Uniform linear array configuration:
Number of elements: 12
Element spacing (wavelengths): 0.25
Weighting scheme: kaiser
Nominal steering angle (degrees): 45
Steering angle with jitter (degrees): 46.105
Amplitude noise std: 0.05
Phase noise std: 0.05

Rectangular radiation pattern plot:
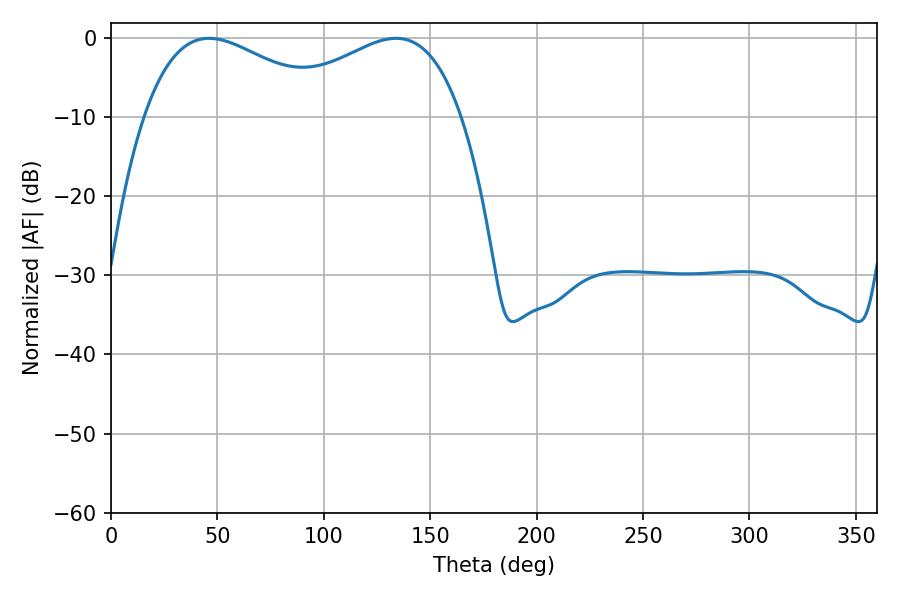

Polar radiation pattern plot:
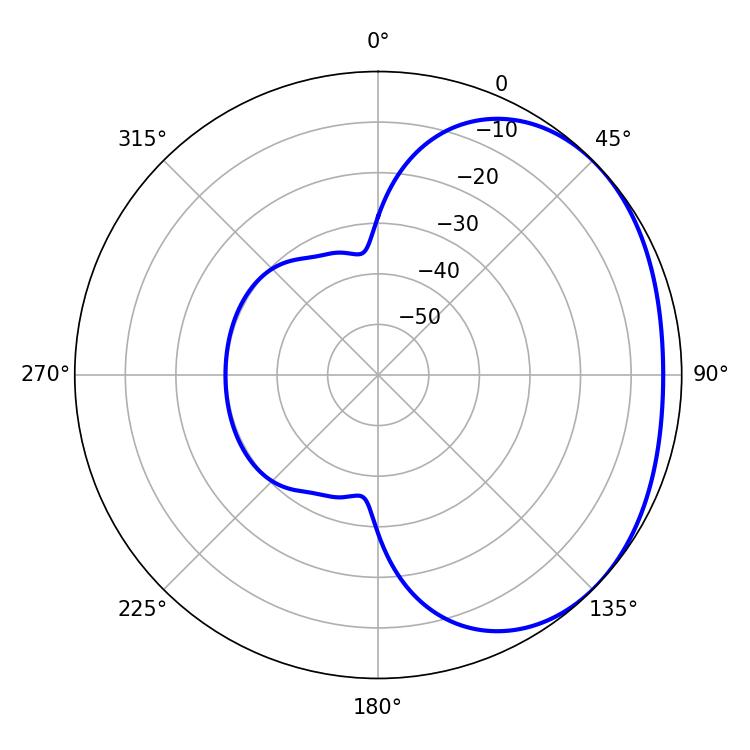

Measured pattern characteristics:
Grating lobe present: FALSE
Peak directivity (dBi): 1.945
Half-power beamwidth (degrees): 49.32
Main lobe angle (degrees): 46.08